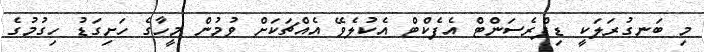
މި ބަނގުރަލަކީ ޑިޕްރެސަންޓް އެފެކްޓް އެކުލެވޭ އެއްޗަކަށް ވުމުން މީހާގެ ހަށިގަޑު ހިގުމުގެ